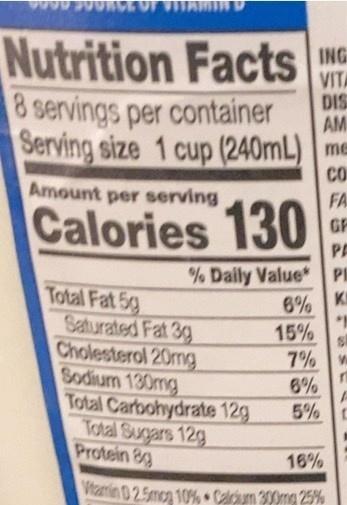
Nutrition Facts NG 8 servings per container Serving size 1 cup (240mL) me
VITA DIS AM
CO
Amount per serving
FA GR
Calories 130
PA
% Daily Value* PI 6% K 15%
Total Fat 5g Saturated Fat 3g Cholesterol 20mg Sodium 130mg Total Carbohydrate 12g Total Sugars 12g Protein 8g
7%
6%
5%C
16%
Vitamin 0 2.5mcg 10% Calcum 300mg 25%